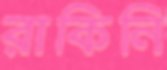
রাকিনি